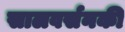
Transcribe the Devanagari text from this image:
सालवर्सनकी